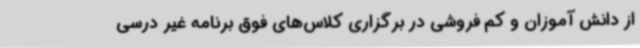
از دانش آموزان و کم فروشی در برگزاری کلاس‌های فوق برنامه غیر درسی